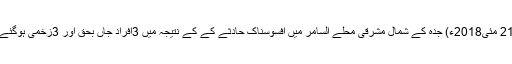
21 مئی2018ء) جدہ کے شمال مشرقی محلے السامر میں افسوسناک حادثے کے کے نتیجہ میں 3افراد جاں بحق اور 3زخمی ہوگئے۔